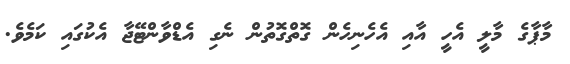
މާޕާގެ މާލީ އެހީ އާއި އެހެނިހެން ގޮތްގޮތުން ނެގި އެޑްވާންޓޭޖާ އެކުގައި ކަމެވެ.